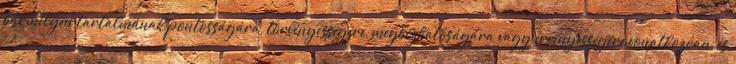
bármilyen tartalmának pontosságára, törvényességére, megbízhatóságára vagy érvényességére vonatkozóan, és